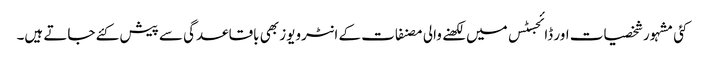
کئی مشہور شخصیات اور ڈائجسٹس میں لکھنے والی مصنفات کے انٹرویوز بھی باقاعدگی سے پیش کئے جاتے ہیں۔